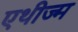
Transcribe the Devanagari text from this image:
एथीज्म